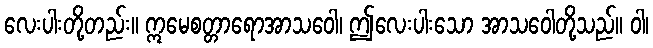
လေးပါးတို့တည်း။ ဣမေစတ္တာရောအာသဝေါ၊ ဤလေးပါးသော အာသဝေါတို့သည်။ ဝါ၊